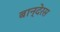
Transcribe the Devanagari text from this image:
बान्देरस